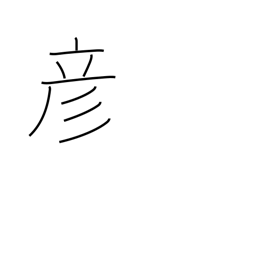
Meaning: boy (ancient)